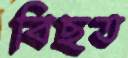
বিছত